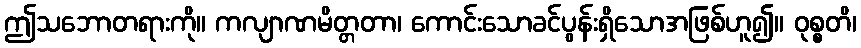
ဤသဘောတရားကို။ ကလျာဏမိတ္တတာ၊ ကောင်းသောခင်ပွန်းရှိသောအဖြစ်ဟူ၍။ ဝုစ္စတိ၊